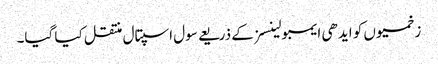
زخمیوں کو ایدھی ایمبولینسز کے ذریعے سول اسپتال منتقل کیا گیا۔